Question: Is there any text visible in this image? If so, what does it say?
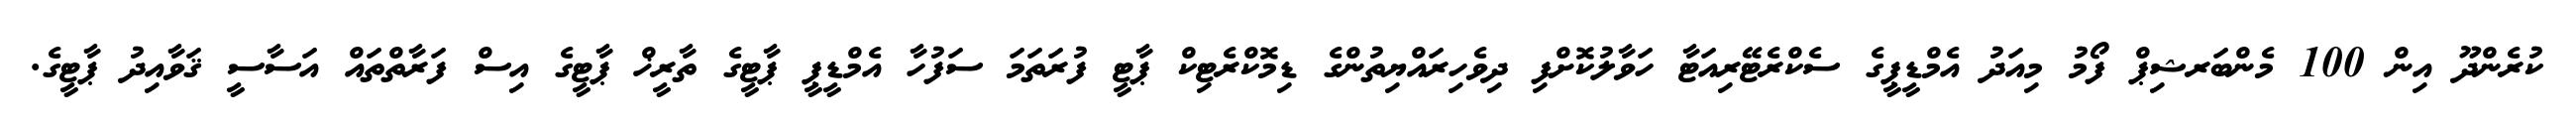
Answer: ކުރެންދޫ އިން 100 މެންބަރޝިޕް ފޯމު މިއަދު އެމްޑީޕީގެ ސެކްރެޓޭރިއަޓާ ހަވާލުކޮށްފި ދިވެހިރައްޔިތުންގެ ޑިމޮކްރެޓިކް ޕާޓީ ފުރަތަމަ ސަފުހާ އެމްޑީޕީ ޕާޓީގެ ތާރީޚް ޕާޓީގެ އިސް ފަރާތްތައް އަސާސީ ޤަވާއިދު ޕާޓީގެ.